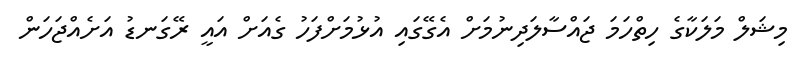
މިޝަލް މަލަކާގެ ހިތްހަމަ ޖައްސާލަދިނުމަށް އެގޭގައި އުޅުމަށްފަހު ގެއަށް އައީ ރޭގަނޑު އަށެއްޖަހަން